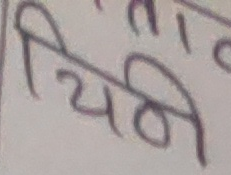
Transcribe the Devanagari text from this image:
प्रियनी